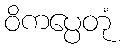
ဝိကပ္ပေတုံ